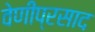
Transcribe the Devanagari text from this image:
वेणीप्रसाद